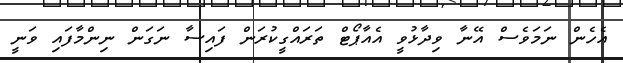
އެހެން ނަމަވެސް އޭނާ ވިދާޅުވީ އެއާޕޯޓް ތަރައްގީކުރަން ފައިސާ ނަގަން ނިންމާފައި ވަނީ